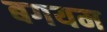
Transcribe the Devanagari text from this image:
बगयम